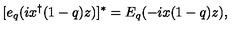
[ e _ { q } ( i x ^ { \dagger } ( 1 - q ) z ) ] ^ { * } = E _ { q } ( - i x ( 1 - q ) z ) ,